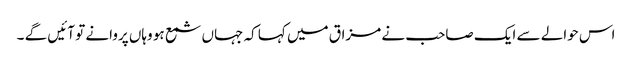
اس حوالے سے ایک صاحب نے مزاق میں کہا کہ جہاں شمع ہو وہاں پروانے تو آئیں گے ۔